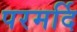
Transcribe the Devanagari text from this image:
परमर्दि